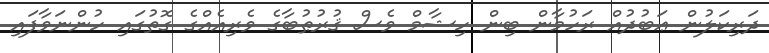
ދަރިކަލުން ޢަބުދުއް ރަހުމާން ބިން ހިޝާމް ވެސް ޤުރުޠުބާގެ ވެރިއެއްގެ ގޮތުގައި ހުންނަވާފައި